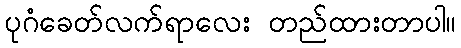
ပုဂံခေတ်လက်ရာလေး တည်ထားတာပါ။